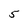
Character: 5